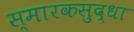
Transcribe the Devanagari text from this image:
स्मारकसुद्धा